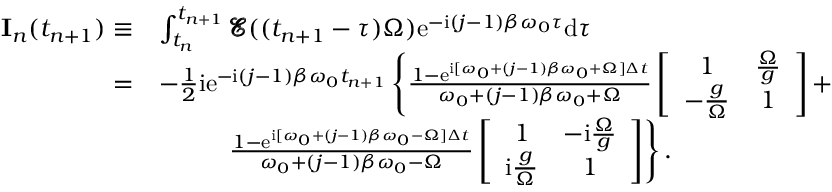
\begin{array} { r l } { \mathbf { I } _ { n } ( t _ { n + 1 } ) \equiv } & { \int _ { t _ { n } } ^ { t _ { n + 1 } } \pmb { \mathcal { E } } ( ( t _ { n + 1 } - \tau ) \Omega ) \mathrm { e } ^ { - \mathrm { i } ( j - 1 ) \beta \omega _ { 0 } \tau } \mathrm { d } \tau } \\ { = } & { - \frac { 1 } { 2 } \mathrm { i } \mathrm { e } ^ { - \mathrm { i } ( j - 1 ) \beta \omega _ { 0 } t _ { n + 1 } } \left\{ \frac { 1 - \mathrm { e } ^ { \mathrm { i } [ \omega _ { 0 } + ( j - 1 ) \beta \omega _ { 0 } + \Omega ] \Delta t } } { \omega _ { 0 } + ( j - 1 ) \beta \omega _ { 0 } + \Omega } \left[ \begin{array} { c c } { 1 } & { \frac { \Omega } { g } } \\ { - \frac { g } { \Omega } } & { 1 } \end{array} \right] + \right. } \\ & { ~ ~ ~ ~ ~ ~ ~ ~ \left. \frac { 1 - \mathrm { e } ^ { \mathrm { i } [ \omega _ { 0 } + ( j - 1 ) \beta \omega _ { 0 } - \Omega ] \Delta t } } { \omega _ { 0 } + ( j - 1 ) \beta \omega _ { 0 } - \Omega } \left[ \begin{array} { c c } { 1 } & { - \mathrm { i } \frac { \Omega } { g } } \\ { \mathrm { i } \frac { g } { \Omega } } & { 1 } \end{array} \right] \right\} . } \end{array}